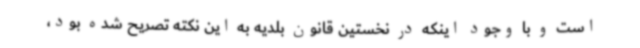
است و با وجود اینکه در نخستین قانون بلدیه به این نکته تصریح شده بود،